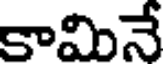
కామినే